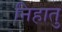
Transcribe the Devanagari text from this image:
निहातु